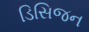
ડિસિજન